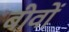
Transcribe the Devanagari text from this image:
बीवों